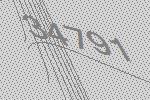
34791